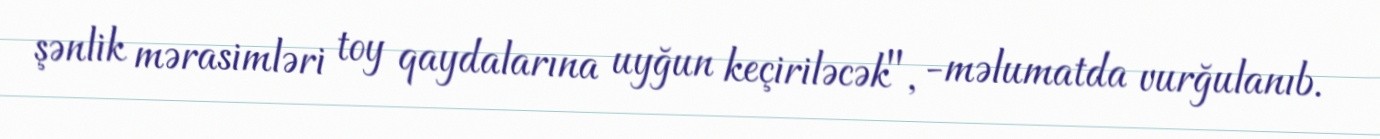
şənlik mərasimləri toy qaydalarına uyğun keçiriləcək", -məlumatda vurğulanıb.